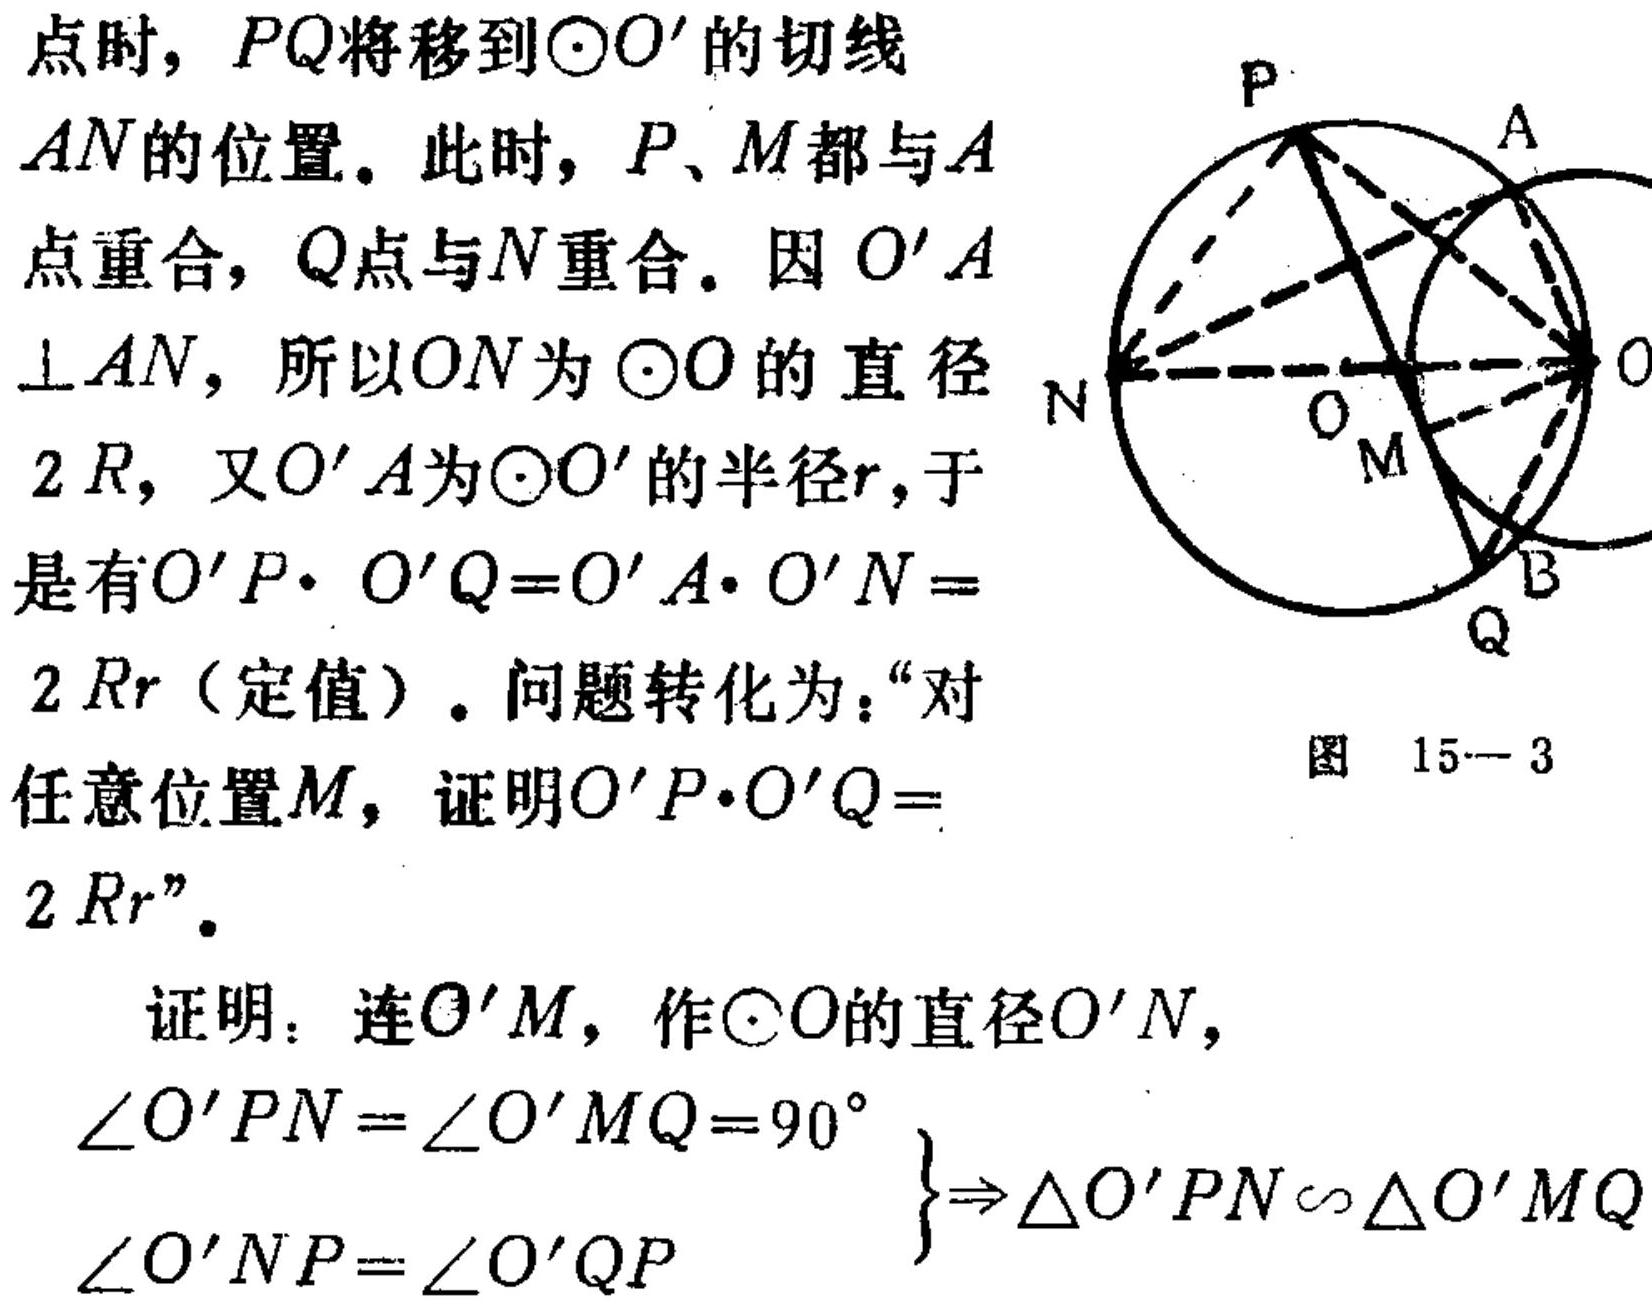
点时，\(PQ\)将移到\(\odot O'\)的切线
\(AN\)的位置。此时，\(P、M\)都与\(A\)
点重合，\(Q\)点与\(N\)重合。因 \(O'A\)
\(\perp AN\)，所以\(ON\)为 \(\odot O\) 的直径
\(2R\)，又\(O'A\)为\(\odot O'\)的半径\(r\)，于
是有\(O'P\cdot O'Q = O'A\cdot O'N =\)
\(2Rr\)（定值）。问题转化为：“对
任意位置\(M\)，证明\(O'P\cdot O'Q =\)
\(2Rr\)”。
证明：连\(O'M\)，作\(\odot O\)的直径\(O'N\)，
\(\left.\begin{array}{l}
\angle O'PN=\angle O'MQ = 90^{\circ}\\
\angle O'NP=\angle O'QP
\end{array}\right\}\Rightarrow\triangle O'PN\sim\triangle O'MQ\)